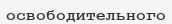
освободительного